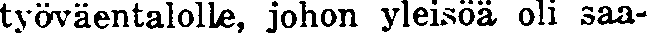
työväentalolle, johon yleisöä oli saa-